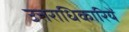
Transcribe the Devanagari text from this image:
उत्तराधिकारियें